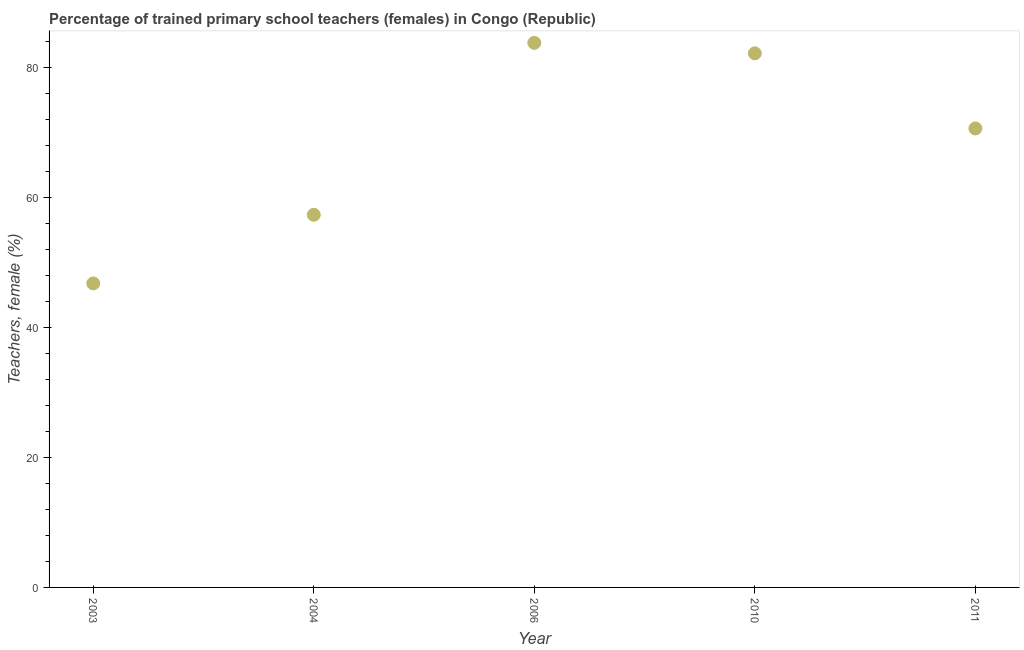
| Year | Trained teachers female |
 | --- | --- |
 | 2003 | 46.8 |
 | 2004 | 57.4 |
 | 2006 | 83.9 |
 | 2010 | 82.2 |
 | 2011 | 70.7 |